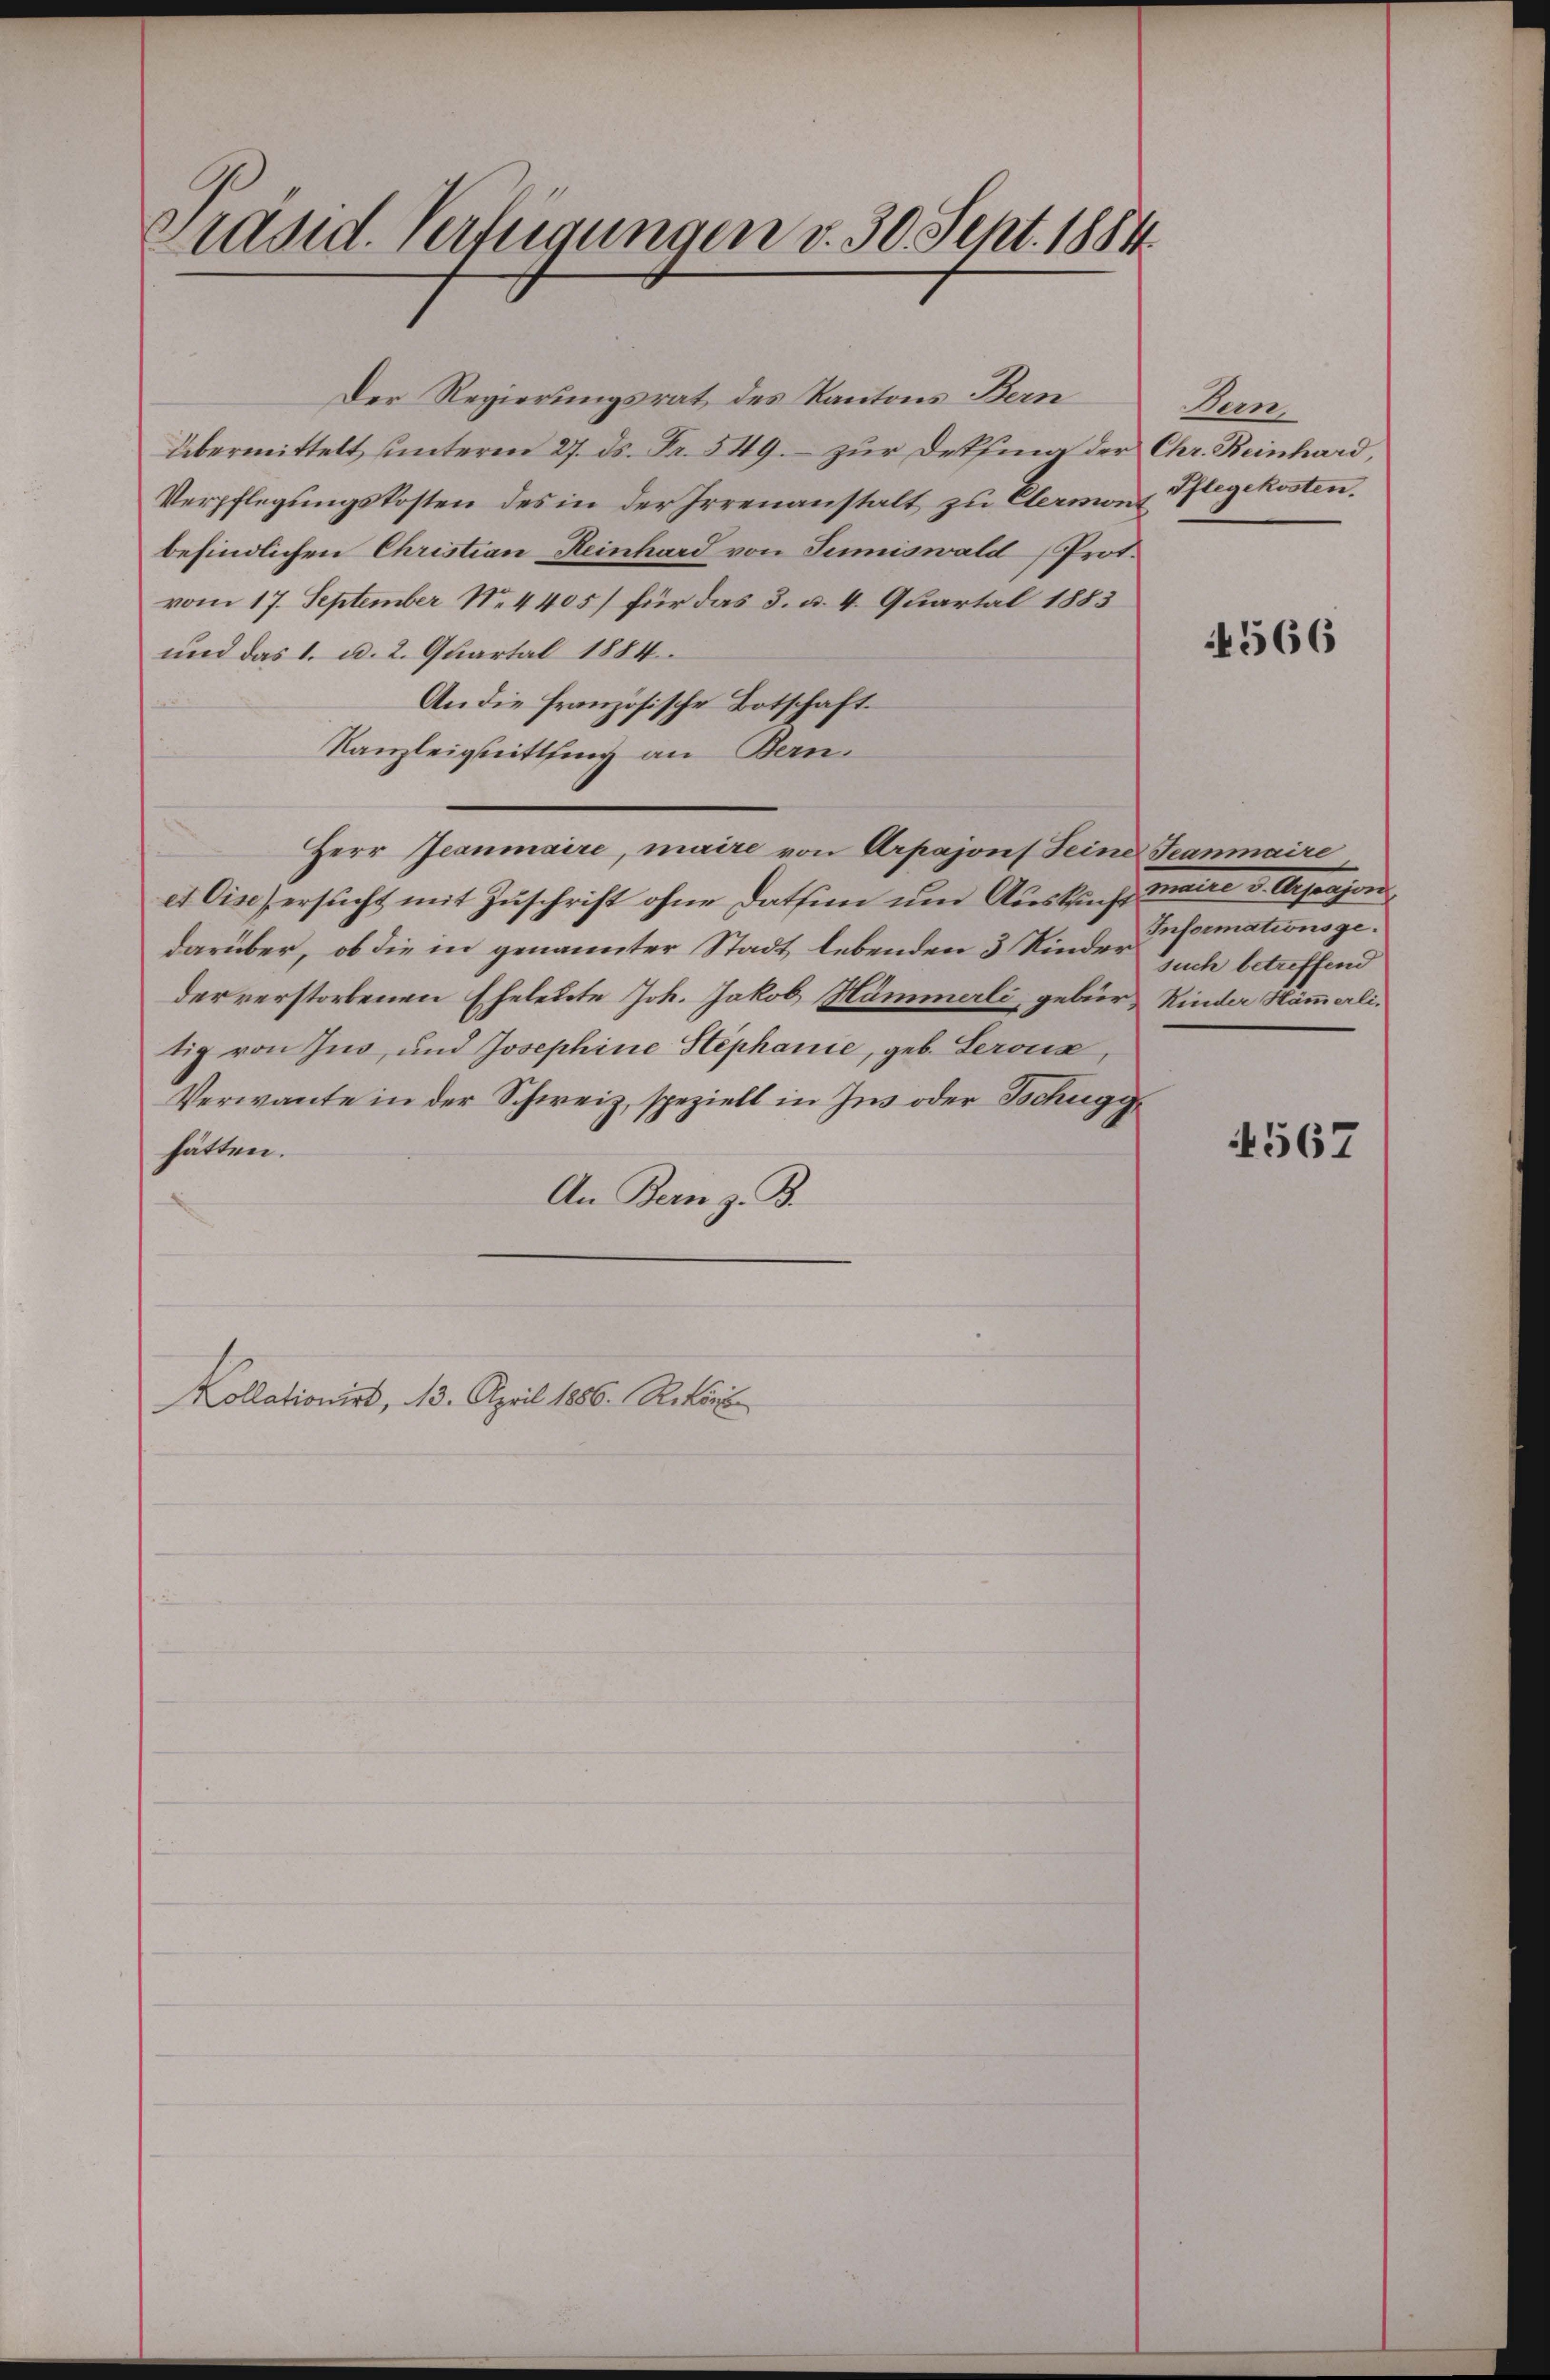
Präsid. Verfügungen v. 30. Sept. 1884.

Der Regierungsrat des Kantons Bern
übermittelt unterm 27. ds. Fr. 549. zur Deksina der Chr. Reinhard,
Verpflegŭngskosten des in der Irrenanstalt zŭ Elermon Pflegekosten.
befindlichen Christian Heinhard von Sumiswald (Prot.
vom 17. September N. 4405) für das 3. a. 4. Quartal 1883
und das 1. u. 2. Quartal 1884
An die französische Botschaft
Kanzleignittlung an Bern.
et bis ersucht mit Zuschrift ohne Datsinn um Auskunft maire v. Aerajon
darüber, ob die in genannter Stadt lebenden 3 Kinder such betreffend
der verstorbenen Eheleute Joh. Jakob Hämmerli, gebür Rinder Stämmerlitig von Ing, und Josephine Stephanie, geb. Leroux,
Verwante in der Schweiz, speziell in Ins oder Tschugghatten.
An Bern z. B.
Kollationirt, 13. April 1886. Rekons

Herr Jeanmaire, maire von Arpajonf Seine Teanmaire

San

4566

Informationsge¬

4567